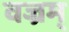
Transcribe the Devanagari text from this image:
वज्रम्